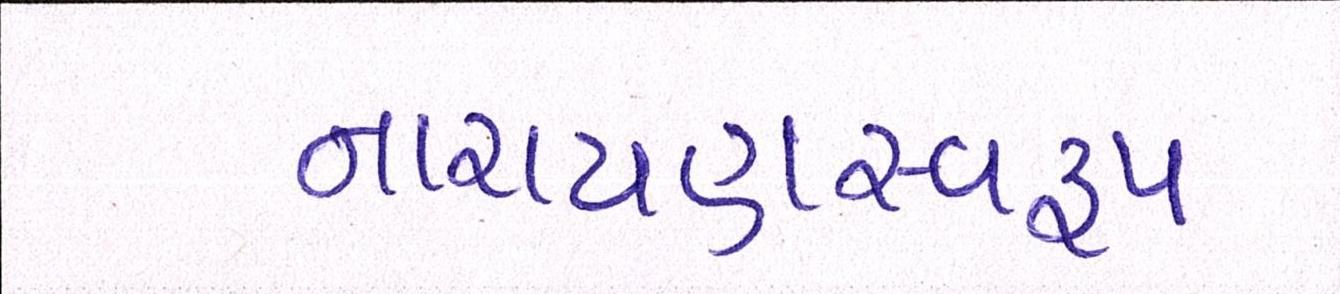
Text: નારાયણસ્વરૂપ